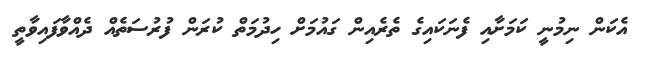
އެކަން ނިމުނީ ކަމަށާއި ފެނަކައިގެ ތެރެއިން ގައުމަށް ހިދުމަތް ކުރަން ފުރުސަތެއް ދެއްވާފައިވާތީ